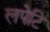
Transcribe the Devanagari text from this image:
लपेटि